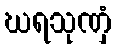
ဃရသုဏှံ